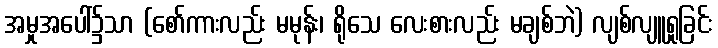
အမှုအပေါ်၌သာ (စော်ကားလည်း မမုန်း၊ ရိုသေ လေးစားလည်း မချစ်ဘဲ) လျစ်လျူရှုခြင်း